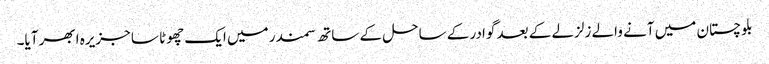
بلوچستان میں آنے والے زلزلے کے بعد گوادر کے ساحل کے ساتھ سمندر میں ایک چھوٹا سا جزیرہ ابھر آیا۔